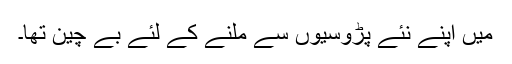
میں اپنے نئے پڑوسیوں سے ملنے کے لئے بے چین تھا۔